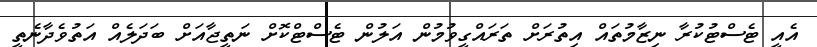
އެއީ ޓެސްޓުކުރާ ނިޒާމުތައް އިތުރަށް ތަރައްގީވުމުން އަލުން ޓެސްޓްކޮށް ނަތީޖާއަށް ބަދަލެއް އަތުވެދާނެތީ